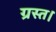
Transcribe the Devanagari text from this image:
ग्रस्त।